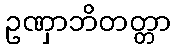
ဥဏှာဘိတတ္တာ